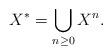
LaTeX: \begin{align*}X^* = \bigcup_{n\geq 0}X^n.\end{align*}